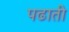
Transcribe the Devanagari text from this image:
पढाती